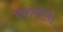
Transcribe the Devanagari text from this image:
रक्तमाला